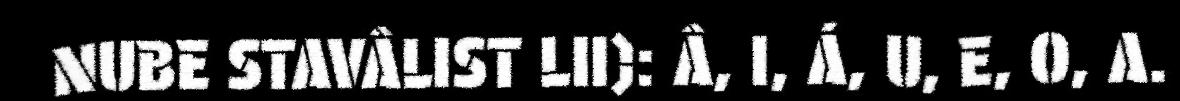
NUBE STAVÂLIST LII): Â, I, Á, U, E, O, A.